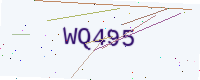
Text: WQ495